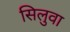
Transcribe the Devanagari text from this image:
सिलुवा